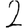
Digit: 2